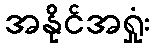
အနိုင်အရှုံး